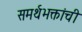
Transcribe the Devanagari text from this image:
समर्थभक्तांची